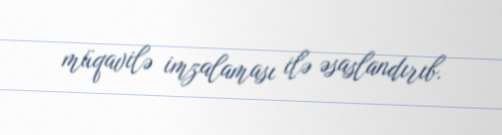
müqavilə imzalaması ilə əsaslandırıb.